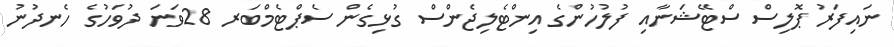
ނައިފަރު ޕޮލިސް ސްޓޭޝަނާއި ފުލުހުންގެ އިންޓެލިޖެންސް ގުޅިގެން ސެޕްޓެމްބަރ 28ވަނަ ދުވަހުގެ ހެނދުނު